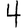
Digit: 4